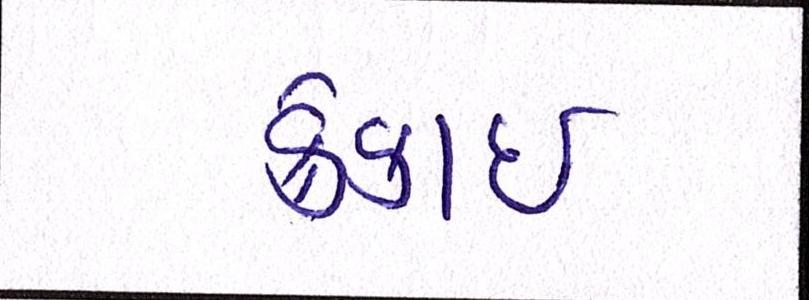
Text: ક્રેકાઇ